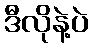
ဒီလိုနဲ့ပဲ